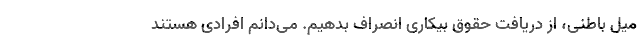
میل باطنی، از دریافت حقوق بیکاری انصراف بدهیم. می‌دانم افرادی هستند